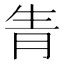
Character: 𤯝